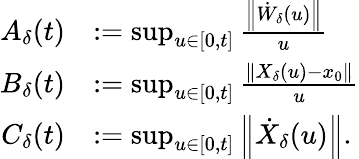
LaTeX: \begin{array}{rl}{A_{\delta}(t)}&{:=\operatorname*{sup}_{u\in[0,t]}\frac{\left\Vert\dot{W}_{\delta}(u)\right\Vert}{u}}\\ {B_{\delta}(t)}&{:=\operatorname*{sup}_{u\in[0,t]}\frac{\left\Vert X_{\delta}(u)-x_{0}\right\Vert}{u}}\\ {C_{\delta}(t)}&{:=\operatorname*{sup}_{u\in[0,t]}\left\Vert\dot{X}_{\delta}(u)\right\Vert.}\end{array}